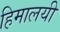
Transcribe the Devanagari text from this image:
हिमालयी